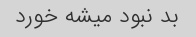
بد نبود میشه خورد